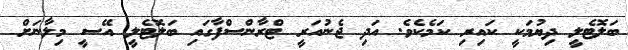
ބަލޮޓެލީ ދިޔުމަކީ ކައިރި ކަމެކެވެ. އަދި ޖެނުއަރީ ޓްރާންސްފާގައި ބަލޮޓެލީ އޭސީ މިލާނަށް